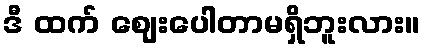
ဒီ ထက် ဈေးပေါတာမရှိဘူးလား။